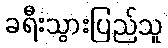
ခရီးသွားပြည်သူ